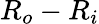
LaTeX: R_{o}-R_{i}